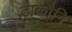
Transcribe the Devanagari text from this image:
टाकौनि